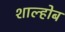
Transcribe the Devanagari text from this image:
शाल्होब